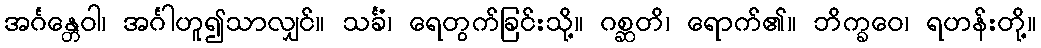
အင်္ဂန္တေဝါ၊ အင်္ဂါဟူ၍သာလျှင်။ သင်္ခံ၊ ရေတွက်ခြင်းသို့။ ဂစ္ဆတိ၊ ရောက်၏။ ဘိက္ခဝေ၊ ရဟန်းတို့။